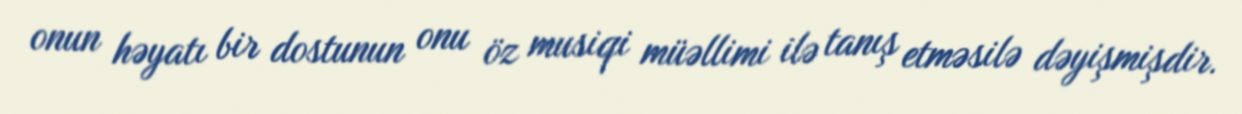
onun həyatı bir dostunun onu öz musiqi müəllimi ilə tanış etməsilə dəyişmişdir.